Indian journal of veterinary science and animal husbandry - Volume 5,
Year: 1935
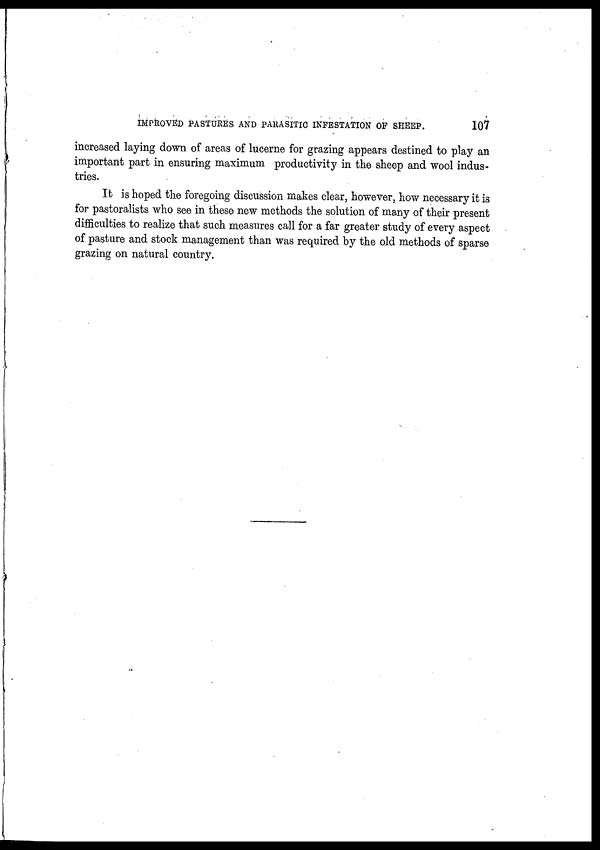
IMPROVED PASTURES AND PARASITIC INFESTATION OF SHEEP.
107
increased laying down of areas of lucerne for grazing appears destined to play an
important part in ensuring maximum productivity in the sheep and wool indus-
tries.
It is hoped the foregoing discussion makes clear, however, how necessary it is
for pastoralists who see in these new methods the solution of many of their present
difficulties to realize that such measures call for a far greater study of every aspect
of pasture and stock management than was required by the old methods of sparse
grazing on natural country.